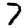
Digit: 7